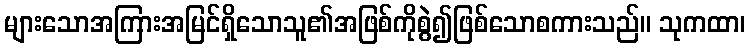
များသောအကြားအမြင်ရှိသောသူ၏အဖြစ်ကိုစွဲ၍ဖြစ်သောစကားသည်။ သုကထာ၊